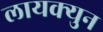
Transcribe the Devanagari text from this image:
लायक्युन